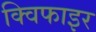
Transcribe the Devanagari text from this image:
क्विफाइर